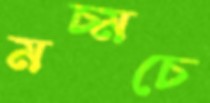
মচ্‌মচে